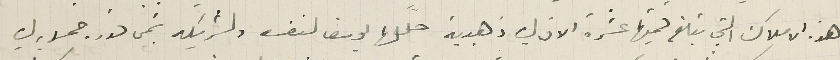
هذه الاملاك التي تبلغ قيمتها عشرة الاف ليره ذهبية حلّلها يوسف لنفسه ولشريكه بثمن قدره خمسون ليره